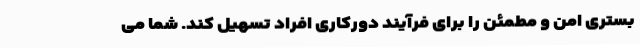
بستری امن و مطمئن را برای فرآیند دورکاری افراد تسهیل کند. شما می